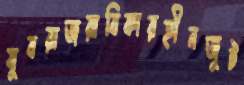
যুবরাজরাবিকারহীনজুট